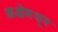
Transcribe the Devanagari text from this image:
कक्षेमधून